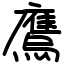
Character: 𫠕